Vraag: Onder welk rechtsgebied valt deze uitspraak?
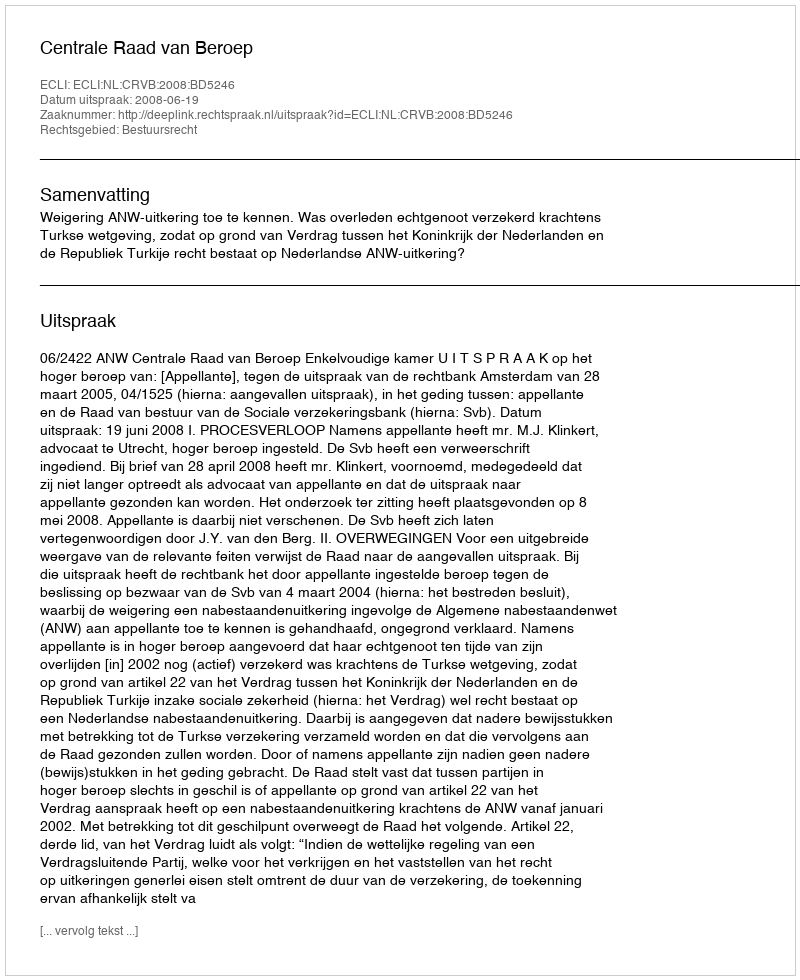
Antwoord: Bestuursrecht